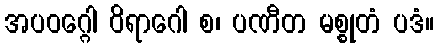
အပဝဂ္ဂေါ ဝိရာဂေါ စ၊ ပဏီတ မစ္စုတံ ပဒံ။